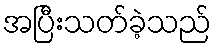
အပြီးသတ်ခဲ့သည်